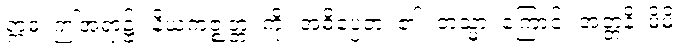
ဣဓ၊ ဤအရာ၌။ နိယကဇ္ဈတ္တံ၊ ကို။ အဓိပ္ပေတံ၊ ၏။ တသ္မာ၊ ကြောင့်။ အတ္တနိ၊ မိမိ